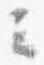
云